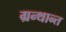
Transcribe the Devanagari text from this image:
ग्रन्थान्त